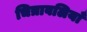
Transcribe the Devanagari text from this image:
चित्रावलियाँ